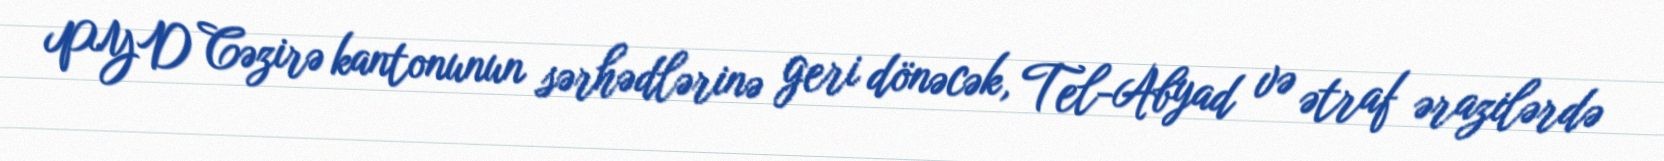
PYD Cəzirə kantonunun sərhədlərinə geri dönəcək, Tel-Abyad və ətraf ərazilərdə